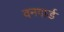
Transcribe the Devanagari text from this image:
वनगार्ड